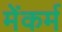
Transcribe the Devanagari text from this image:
मेंकर्म